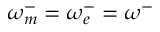
\omega _ { m } ^ { - } = \omega _ { e } ^ { - } = \omega ^ { - }